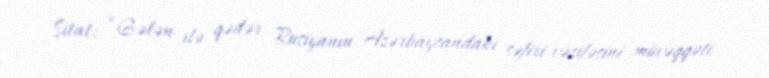
Sitat: “Gələn ilə qədər Rusiyanın Azərbaycandakı səfiri vəzifəsini müvəqqəti